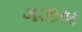
ગઝબ